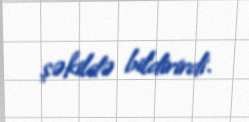
şəkildə bildirirdi.